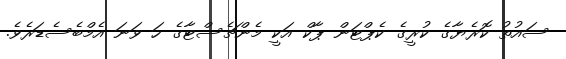
ސައުތު ކޮރެޔާގެ ކުރީގެ ކެޕްޓަން ޕާކް އަކީ މެންޗެސްޓާގެ ހަ ވަނަ އެމްބެސެޑަރެވެ.